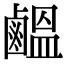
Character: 𪉸